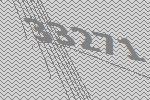
33271